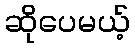
ဆိုပေမယ့်